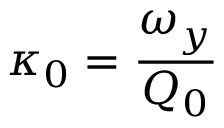
\kappa _ { 0 } = \frac { \omega _ { y } } { Q _ { 0 } }